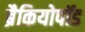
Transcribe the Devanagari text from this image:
ब्रैकियोपॉड